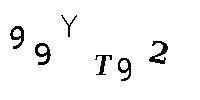
99YT92